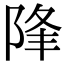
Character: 䧏